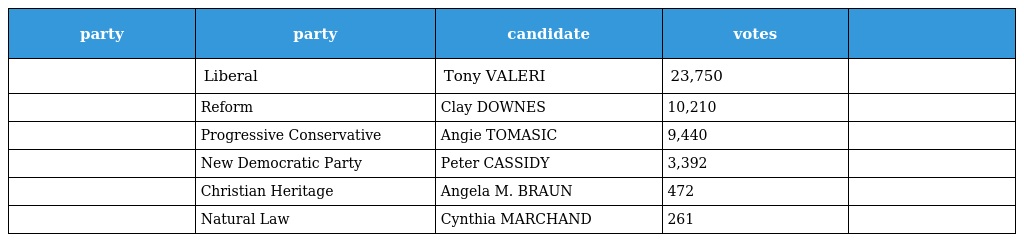
| party | party | candidate | votes |  |
 | --- | --- | --- | --- | --- |
 |  | Liberal | Tony VALERI | 23,750 |  |
 |  | Reform | Clay DOWNES | 10,210 |  |
 |  | Progressive Conservative | Angie TOMASIC | 9,440 |  |
 |  | New Democratic Party | Peter CASSIDY | 3,392 |  |
 |  | Christian Heritage | Angela M. BRAUN | 472 |  |
 |  | Natural Law | Cynthia MARCHAND | 261 |  |